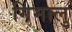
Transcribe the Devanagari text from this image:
गिमालु